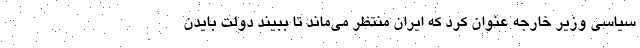
سیاسی وزیر خارجه عنوان کرد که ایران منتظر می‌ماند تا ببیند دولت بایدن